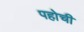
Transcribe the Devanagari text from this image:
पहोची